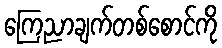
ကြေညာချက်တစ်စောင်ကို